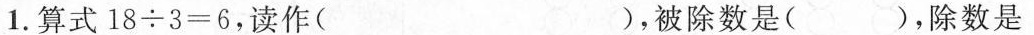
1.算式 $$1 8 \div 3 = 6$$，读作( )，被除数是( )，除数是